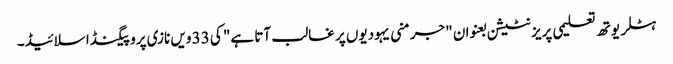
ہٹلر یوتھ تعلیمی پریزنٹیشن بعنوان "جرمنی یہودیوں پر غالب آتا ہے" کی 33 ویں نازی پروپیگنڈا سلائیڈ۔